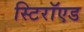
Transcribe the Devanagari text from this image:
स्टिरॉएड